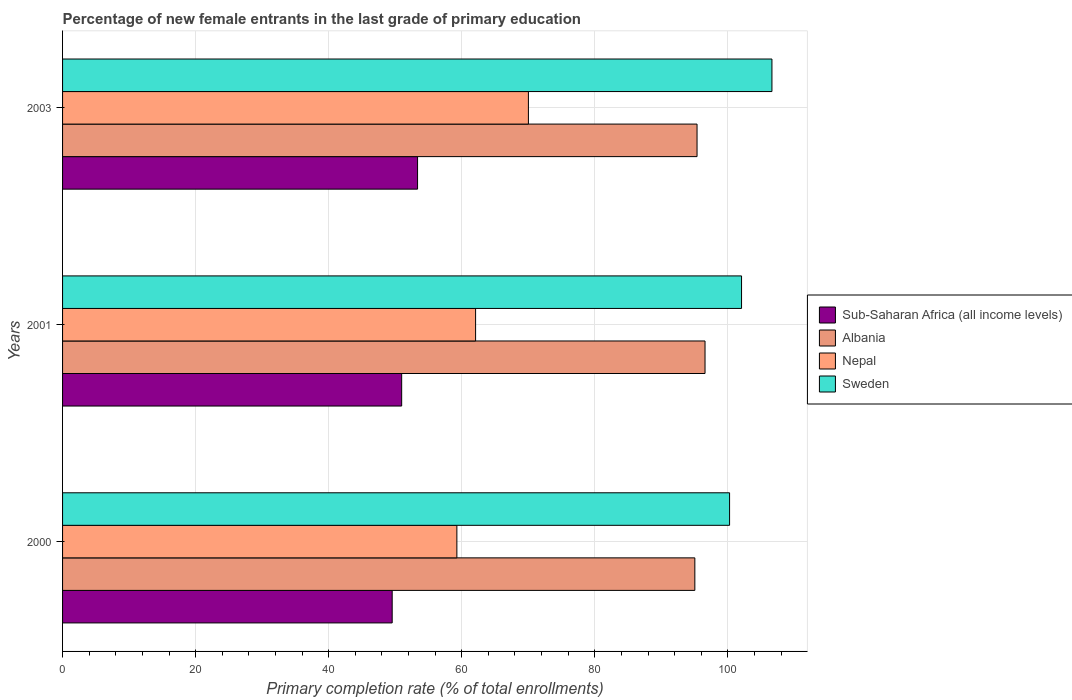
| Years | Sub-Saharan Africa (all income levels) | Albania | Nepal | Sweden |
 | --- | --- | --- | --- | --- |
 | 2000 | 49.5 | 95 | 59.3 | 100 |
 | 2001 | 51 | 96.6 | 62.1 | 102 |
 | 2003 | 53.4 | 95.4 | 70 | 107 |